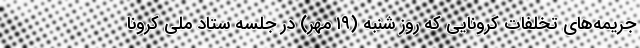
جریمه‌های تخلفات کرونایی که روز شنبه (۱۹ مهر) در جلسه ستاد ملی کرونا